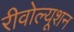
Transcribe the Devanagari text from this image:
रीवोल्यूशन